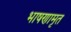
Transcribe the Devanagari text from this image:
भाषणामृत